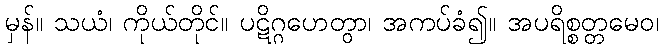
မှန်။ သယံ၊ ကိုယ်တိုင်။ ပဋိဂ္ဂဟေတွာ၊ အကပ်ခံ၍။ အပရိစ္စတ္တမေဝ၊